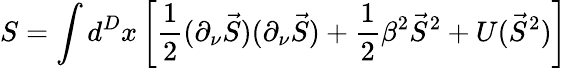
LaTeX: S=\int d^{D}x\left[\frac 12(\partial_{\nu}\vec{S})(\partial_{\nu}\vec{S})+\frac 12\beta^{2}\vec{S}^{2}+U(\vec{S}^{2})\right]